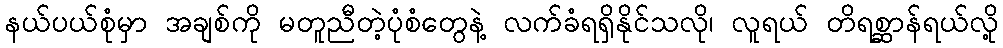
နယ်ပယ်စုံမှာ အချစ်ကို မတူညီတဲ့ပုံစံတွေနဲ့ လက်ခံရရှိနိုင်သလို၊ လူရယ် တိရစ္ဆာန်ရယ်လို့